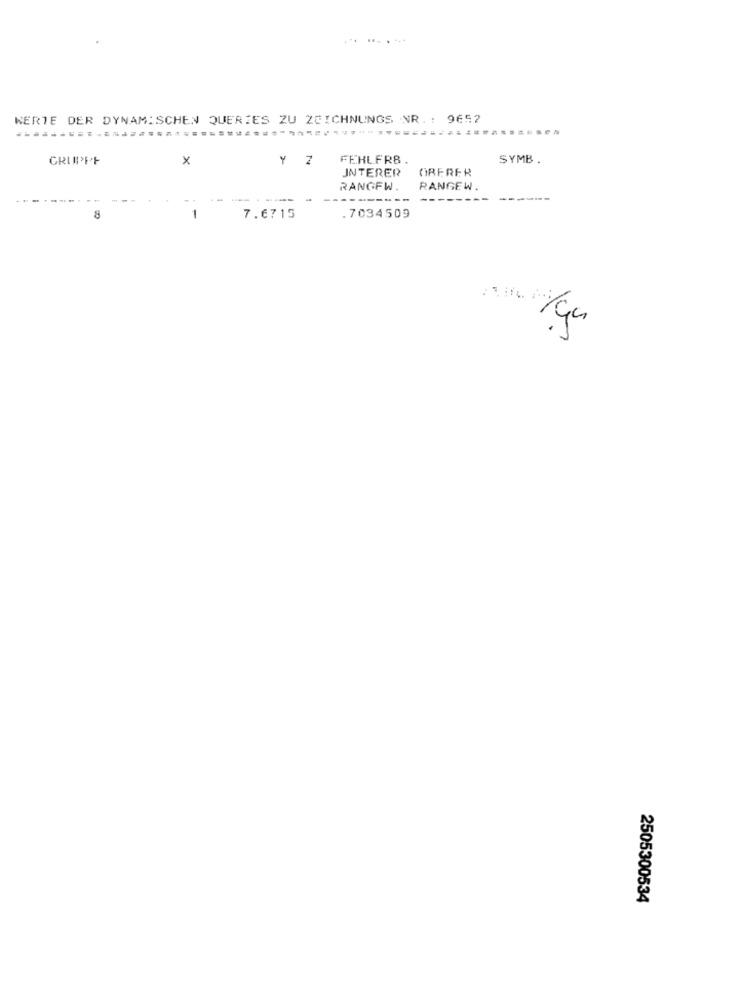
.. .....
WERTE DER DYNAMISCHEN QUERIES ZU ZEICHNUNGS NR. : 9652
.....
GRUPPE
X
Y Z
FEHLFRB.
SYMB .
INTERER
OBERER
RANGEW.
RANGEW.
--
--------
8
-
7.6715
.7034509
..
2505300534